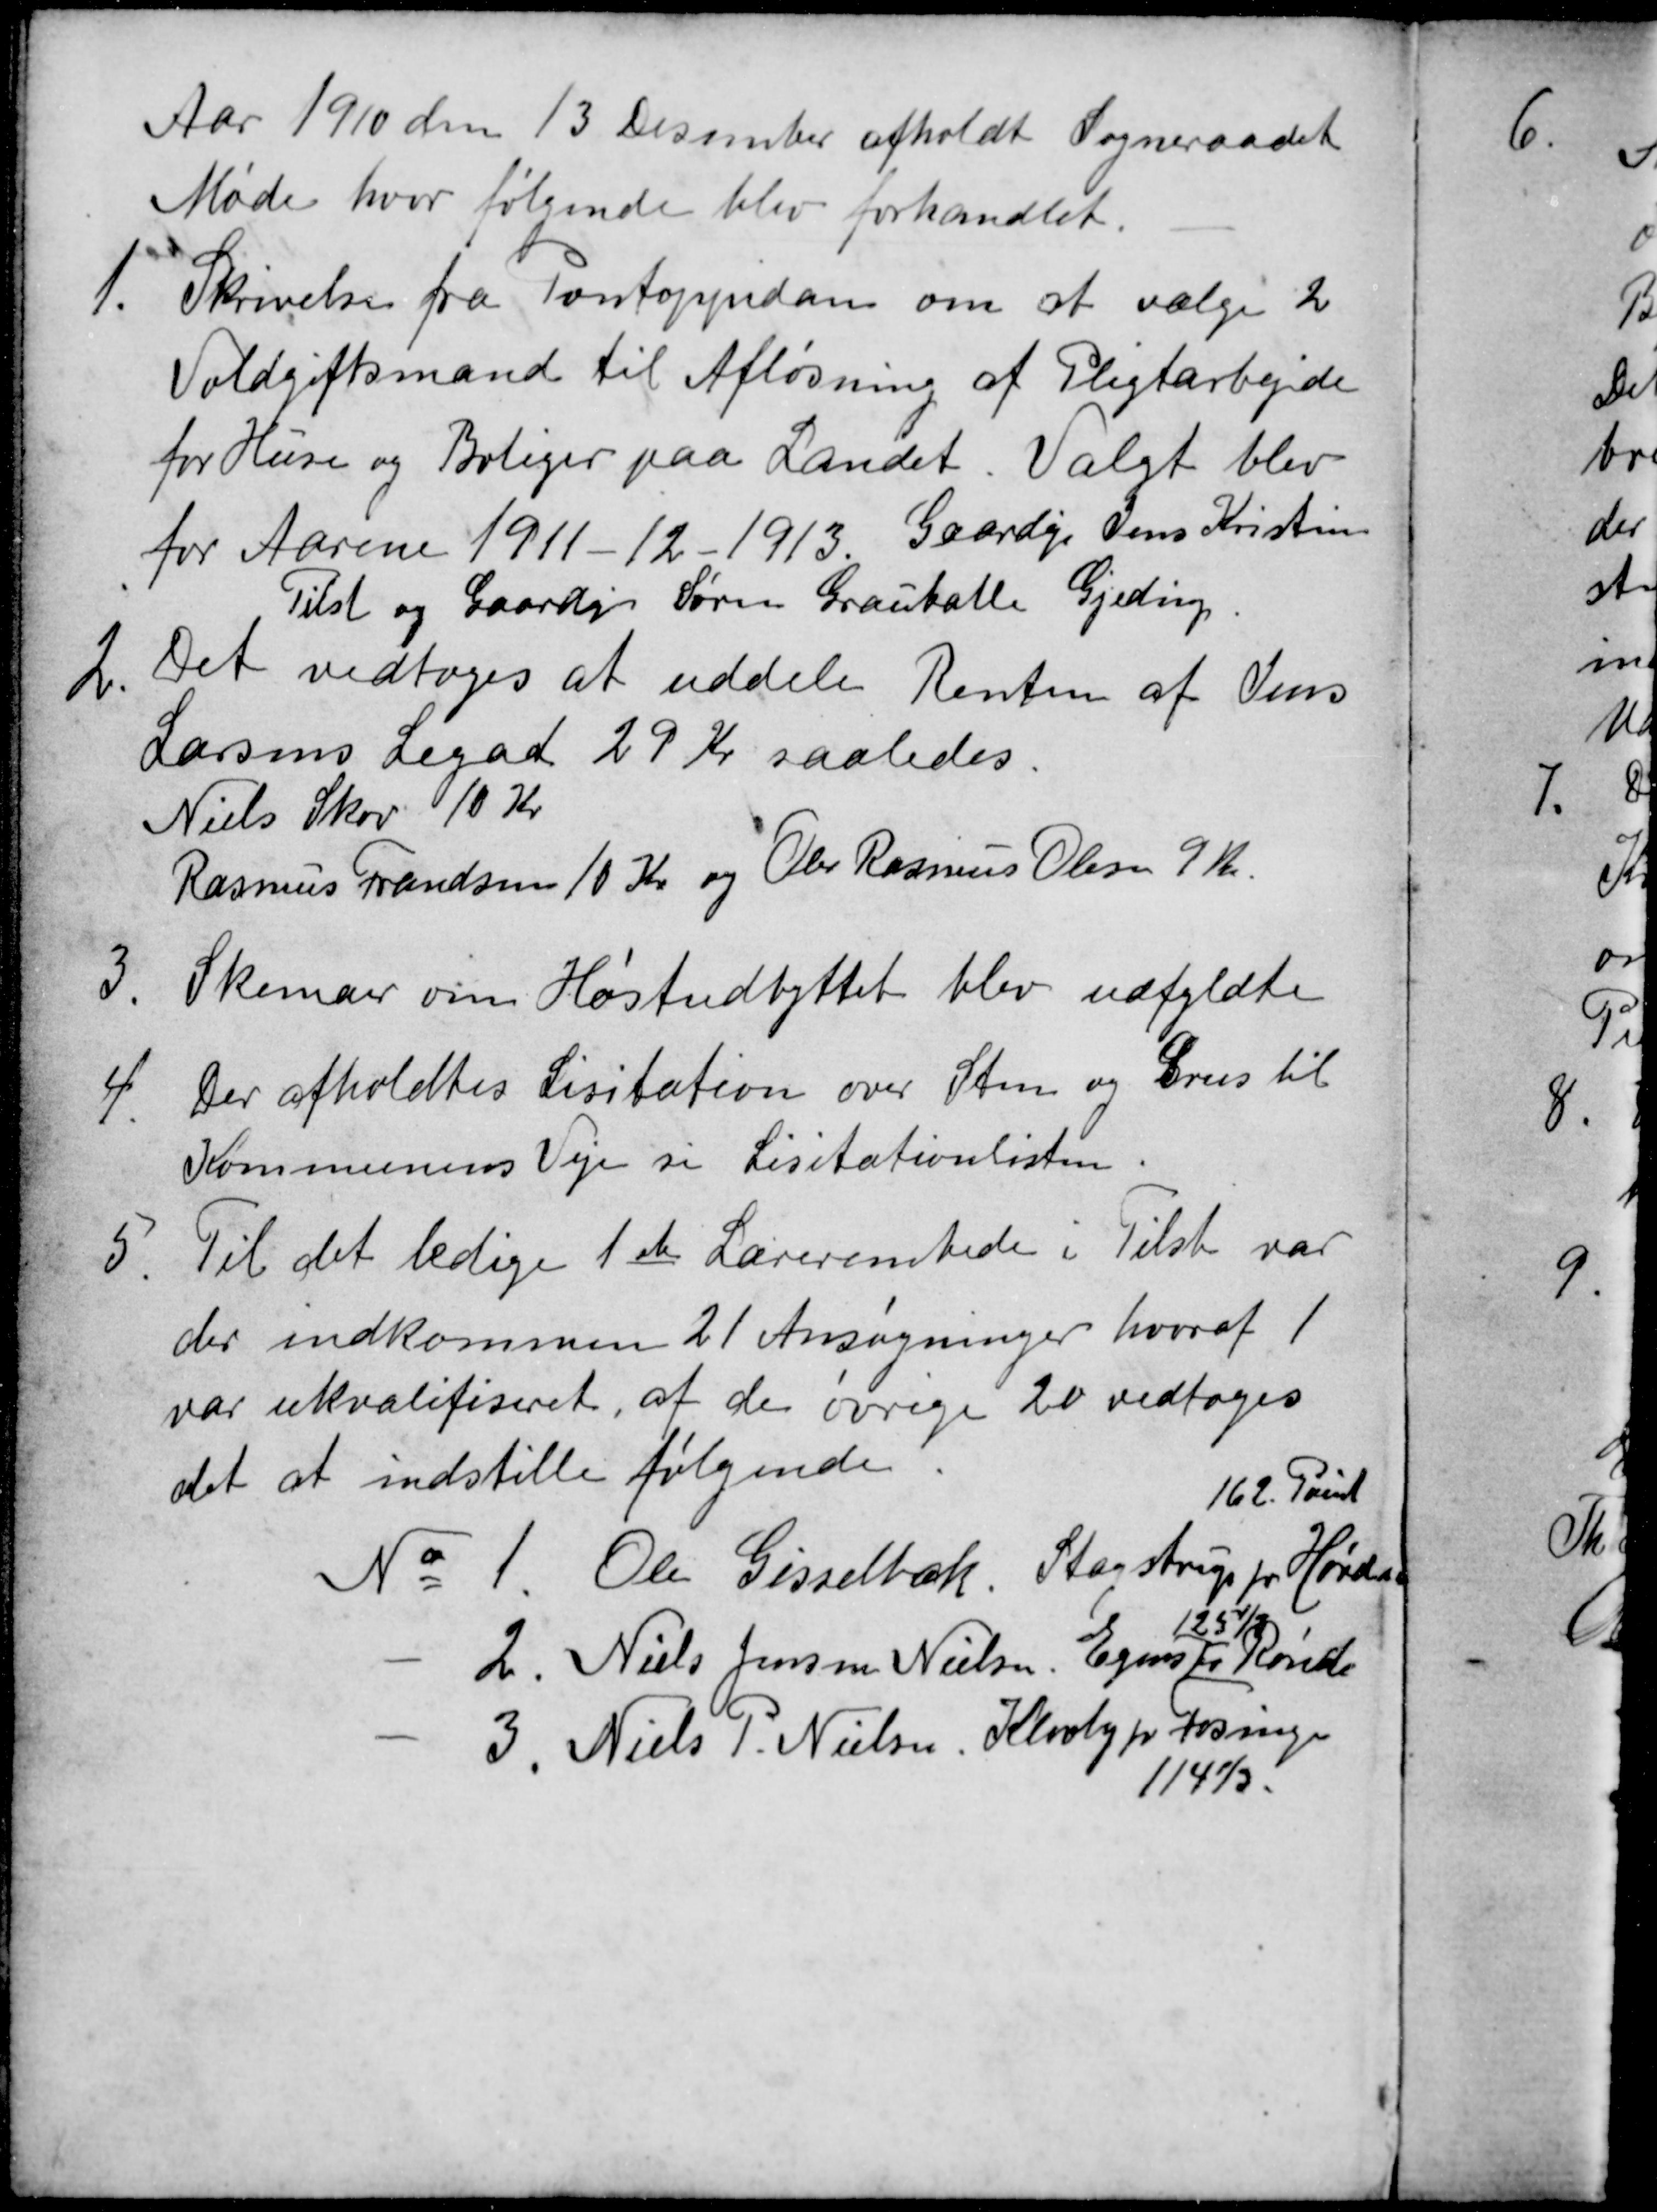
Transskription:
Aar 1910 den 13 December afholdt Sogneraadet
Møde hvor følgende blev forhandlet.
1.
Skrivelse fra Pontoppidan om at vælge 2
Voldgiftsmænd til Afløsning af Pligtarbejde
for Huse og Boliger paa Landet. Valgt blev
for Aarene 1911-12-1913. Gaardejr Jens Kristin
Tilst og Gaardejr Søren Grauballe Gjeding.
2.
Det vedtoges at uddele Renten af Jens
Larsens Legat 29 Kr saaledes.
Niels Skov 10 Kr
Rasmus Frandsen 10 Kr og Ole Rasmus Olesen 9 Kr.
3
Skemaer om Høstudbyttet blev udfyldte
4.
Der afholdtes Lisitation over Sten og Grus til
Kommunens Veje se Lisitationslisten.
5
Til det ledige 1ste Lærerembede i Tilst var
der indkommen 21 Ansøgninger hvoraf 1
var ukvalifiseret, af de øvrige 20 vedtoges
det at indstille følgende
№ 1. Ole Gisselbæk. Stagstrup pr Hørdum
162. Point
2. Niels Jensen Nielsen, Egens pr Rønde
125⅓
3. Niels P. Nielsen, Klovby pr  Forsinge
114⅓.